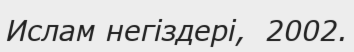
Ислам негіздері,  2002.